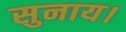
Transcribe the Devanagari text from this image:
सुनाय।